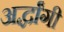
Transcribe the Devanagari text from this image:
अर्द्धांगी